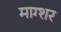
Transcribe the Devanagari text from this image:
माग्शर